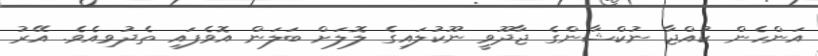
އަންހެން ކުއްޖާ ނުކްޝާންގެ ޖާދޫވީ ނޫކުލައިގެ ލޮލަށް ބަލަން އޮވެފައި ތެދުވިއެވެ. އޭރު